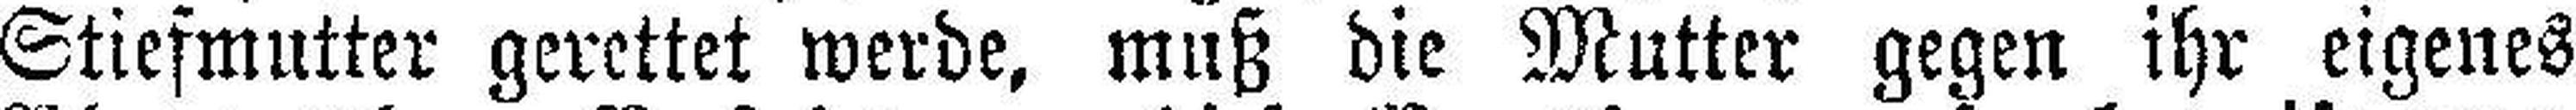
Stiefmutter gerettet werde, muß die Mutter gegen ihr eigenes